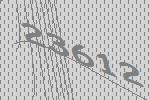
23612